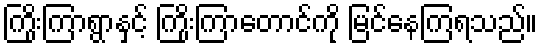
ကြိုးကြာရွာနှင့် ကြိုးကြာတောင်ကို မြင်နေကြရသည်။